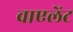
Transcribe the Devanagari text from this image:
वाएलेंट